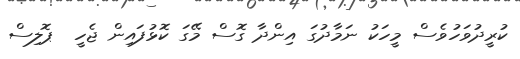
ކުރީދުވަހުވެސް މީހަކު ނަމާދުގަ އިންދާ ގޮސް މޭގަ ކޮޅުފައިން ޖެހީ  ޕޮލިސް